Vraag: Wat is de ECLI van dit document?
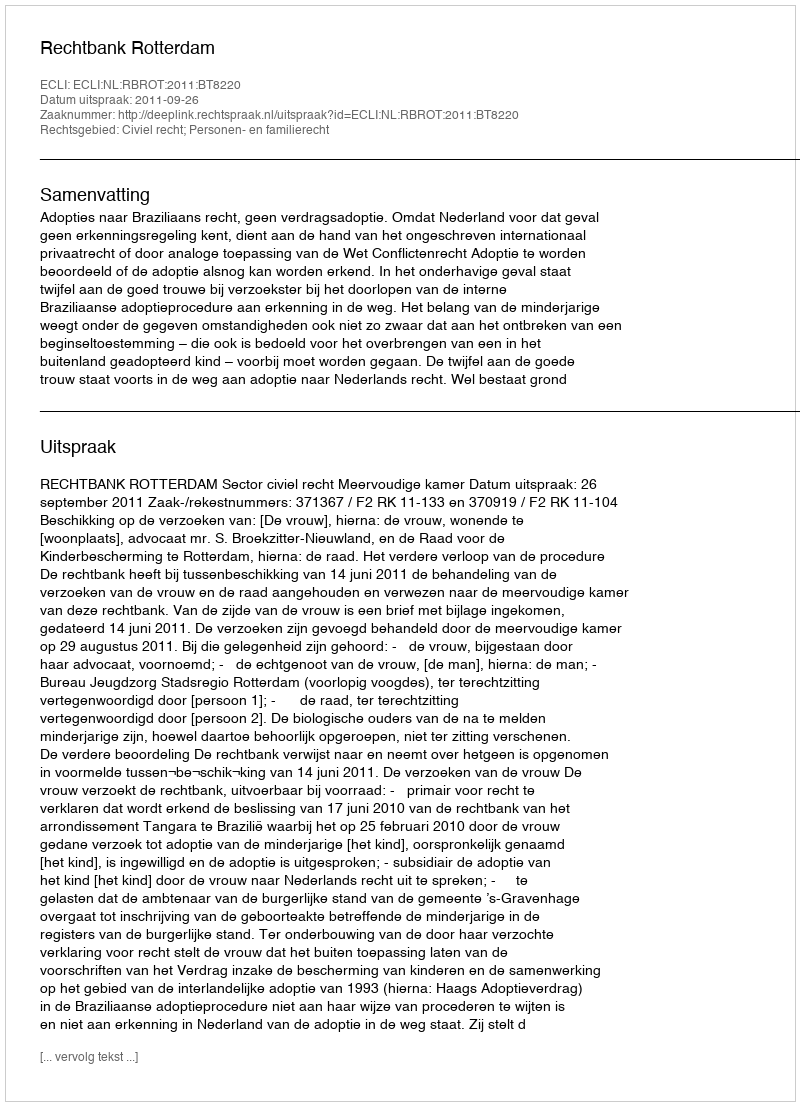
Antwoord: ECLI:NL:RBROT:2011:BT8220